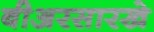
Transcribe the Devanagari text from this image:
बीअरसारखे